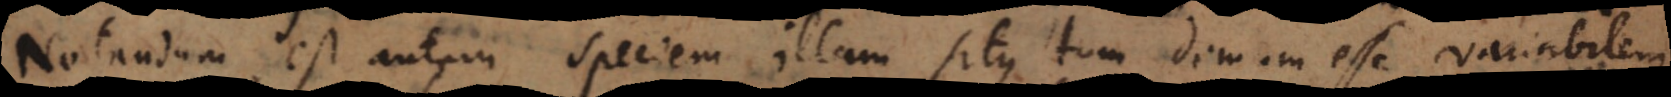
Notandum est autem speciem illam situs tum demum esse [in]variabi